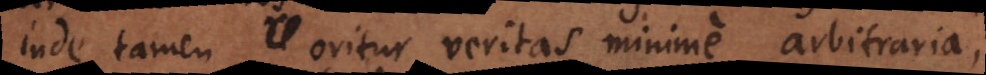
inde tamen oritur veritas minime arbitraria,